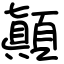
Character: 顚